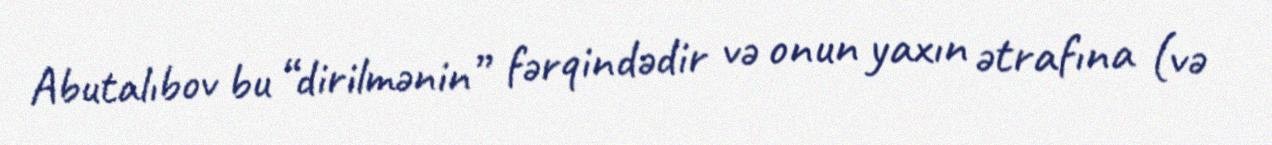
Abutalıbov bu “dirilmənin” fərqindədir və onun yaxın ətrafına (və